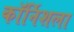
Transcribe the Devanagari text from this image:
कॉर्निशला